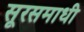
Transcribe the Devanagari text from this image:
सूरसमाधी